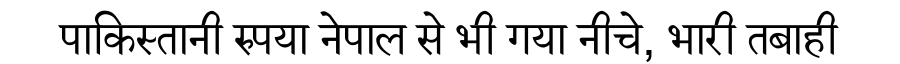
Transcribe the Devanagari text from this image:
पाकिस्तानी रुपया नेपाल से भी गया नीचे, भारी तबाही